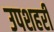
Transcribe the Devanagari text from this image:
उपशहरी